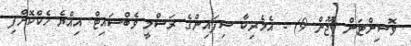
ވޮޝިންޓަން (ޖޫން 9) - އެމެރިކާ ސިފައިންގެ ރަސްމީ ވެބްސައިޓް އިއްޔެ ހެކްކޮށްފި